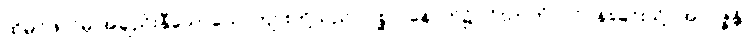
ထိုမဂ်ဖိုလ်မှ အချည်းနှီသောယောကျ်ားတို့သည်။ ပစ္ဆာ၊ နောက်၌။ ဝိဃာတံ၊ ပင်ပန်းခြင်းသို့။ အာပဇ္ဇန္တိ၊